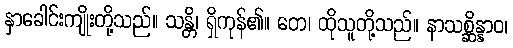
နှာခေါင်းကျိုးတို့သည်။ သန္တိ၊ ရှိကုန်၏။ တေ၊ ထိုသူတို့သည်။ နာသစ္ဆိန္နာဝ၊